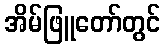
အိမ်ဖြူတော်တွင်